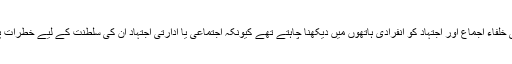
اموی اور عباسی خلفاء اجماع اور اجتہاد کو انفرادی ہاتھوں میں دیکھنا چاہتے تھے کیونکہ اجتماعی یا ادارتی اجتہاد ان کی سلطنت کے لیے خطرات پیدا کر سکتا تھا۔